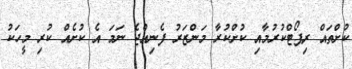
ކުށްތައް ރިޕޯޓްކުރުމާއި ކުށްކުރާ މަންޒަރު ފެނިއްޖެ ނަމަ އެ ކުށެއް ކުރި މީހަކު